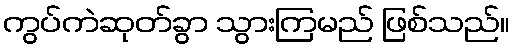
ကွပ်ကဲဆုတ်ခွာ သွားကြမည် ဖြစ်သည်။